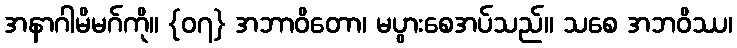
အနာဂါမိမဂ်ကို။ {၀၇} အဘာဝိတော၊ မပွားစေအပ်သည်။ သစေ အဘဝိဿ၊